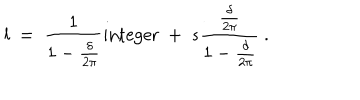
l ~ = ~ { \frac { 1 } { 1 - { \frac { \delta } { 2 \pi } } } } \mathrm { i n t e g e r } ~ + ~ s { \frac { \frac { \delta } { 2 \pi } } { 1 - { \frac { \delta } { 2 \pi } } } } ~ .